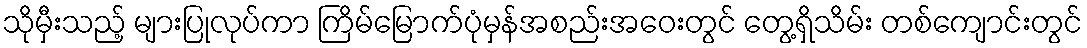
သိုမှီးသည့် များပြုလုပ်ကာ ကြိမ်မြောက်ပုံမှန်အစည်းအဝေးတွင် တွေ့ရှိသိမ်း တစ်ကျောင်းတွင်